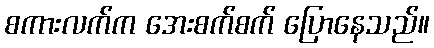
စကားလက်က အေးစက်စက် ပြောနေသည်။